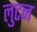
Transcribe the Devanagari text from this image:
लुटन